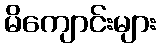
မိကျောင်းများ